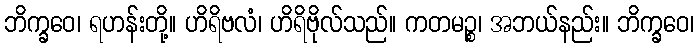
ဘိက္ခဝေ၊ ရဟန်းတို့။ ဟိရိဗလံ၊ ဟိရိဗိုလ်သည်။ ကတမဉ္စ၊ အဘယ်နည်း။ ဘိက္ခဝေ၊